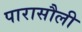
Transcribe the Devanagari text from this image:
पारासौली